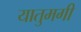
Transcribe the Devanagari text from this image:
यातुमगी